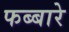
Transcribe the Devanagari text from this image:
फब्बारे